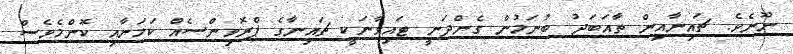
ނޫނެވެ. ޗައިނާއިން ތާއަބަދު ބުނަމުން ގެންދަނީ ޓައިވާނަކީ ޗައިނާގެ ޕްރޮވިންސެއް ކަމަށާއި ކޮންމެވެސް